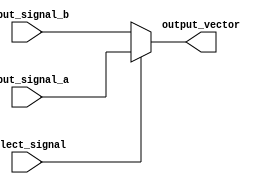
module vector_continuous_assignment (
    input wire [7:0] input_signal_a,  // 8-bit input signal A
    input wire [7:0] input_signal_b,  // 8-bit input signal B
    input wire select_signal,          // Select signal for muxing
    output wire [7:0] output_vector    // 8-bit output vector
);

// Continuous assignment for output_vector based on select_signal
assign output_vector = (select_signal) ? input_signal_a : input_signal_b;

endmodule